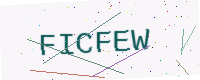
Text: FICFEW